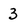
Character: 3